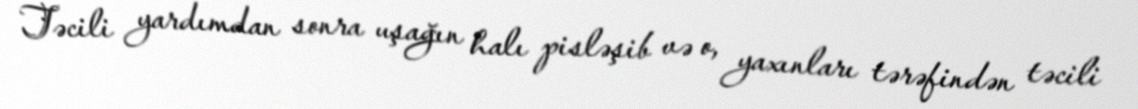
Təcili yardımdan sonra uşağın halı pisləşib və o, yaxınları tərəfindən təcili